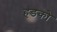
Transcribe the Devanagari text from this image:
हडको